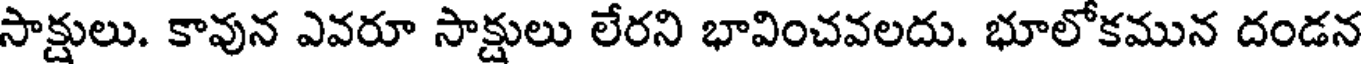
సాక్షులు. కావున ఎవరూ సాక్షులు లేరని భావించవలదు. భూలోకమున దండన